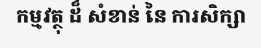
កម្មវត្ថុ ដ៏ សំខាន់ នៃ ការសិក្សា